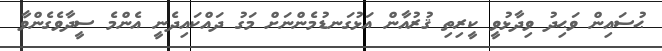
ޙުސައިން ވަޙިދު ވިދާޅުވީ ކީރިތި ޤުރުއާން އަޅުގަނޑުމެންނަށް މަގު ދައްކައިދެނީ އެންމެ ސީދާވެގެންވާ